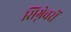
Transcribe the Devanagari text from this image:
सिग्नेचरों